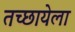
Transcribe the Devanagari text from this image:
तच्छायेला